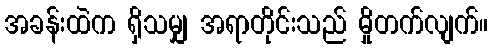
အခန်းထဲက ရှိသမျှ အရာတိုင်းသည် မှိုတက်လျက်။